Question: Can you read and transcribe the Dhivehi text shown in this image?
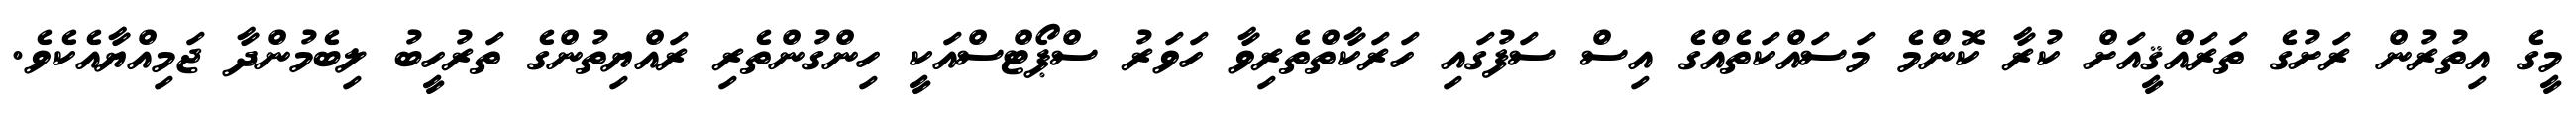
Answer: މީގެ އިތުރުން ރަށުގެ ތަރައްޤީއަށް ކުރާ ކޮންމެ މަސައްކަތެއްގެ އިސް ސަފުގައި ހަރަކާތްތެރިވާ ހަވަރު ސްޕޯޓްސްއަކީ ހިންގުންތެރި ރައްޔިތުންގެ ތަރުހީބު ލިބެމުންދާ ޖަމިއްޔާއެކެވެ.